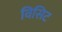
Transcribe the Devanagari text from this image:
विसिट